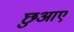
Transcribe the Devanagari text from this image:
छुआए